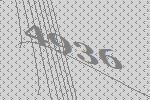
4936